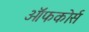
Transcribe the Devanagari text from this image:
ऑफकोर्स